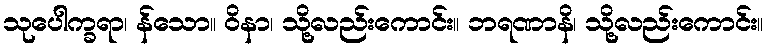
သုပေါက္ခရာ၊ န်သော။ ဝိနာ၊ သို့လည်းကောင်း။ ဘရဏာနိ၊ သို့လည်းကောင်း။